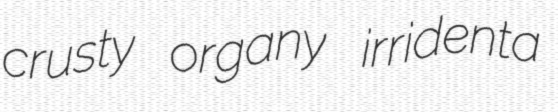
crusty organy irridenta